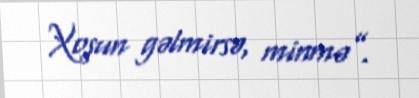
Xoşun gəlmirsə, minmə”.